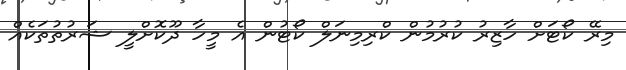
މިރޭ ކޯޓަށް ހާޒިރު ކުރުމުން ކްރިމިނަލް ކޯޓުން އެ މީހާ ދޫކޮށްލީ ޝަރުތުތަކެއް